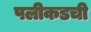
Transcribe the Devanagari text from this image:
पलीकडची